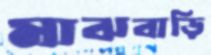
মাঝবাড়ি